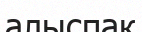
алыспақ